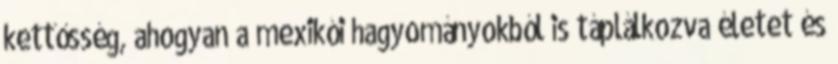
kettősség, ahogyan a mexikói hagyományokból is táplálkozva életet és